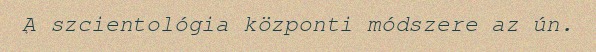
A szcientológia központi módszere az ún.